Civil Veterinary Department Bihar & Orissa reports 1929-36 - 1929-1936
Year: 1929
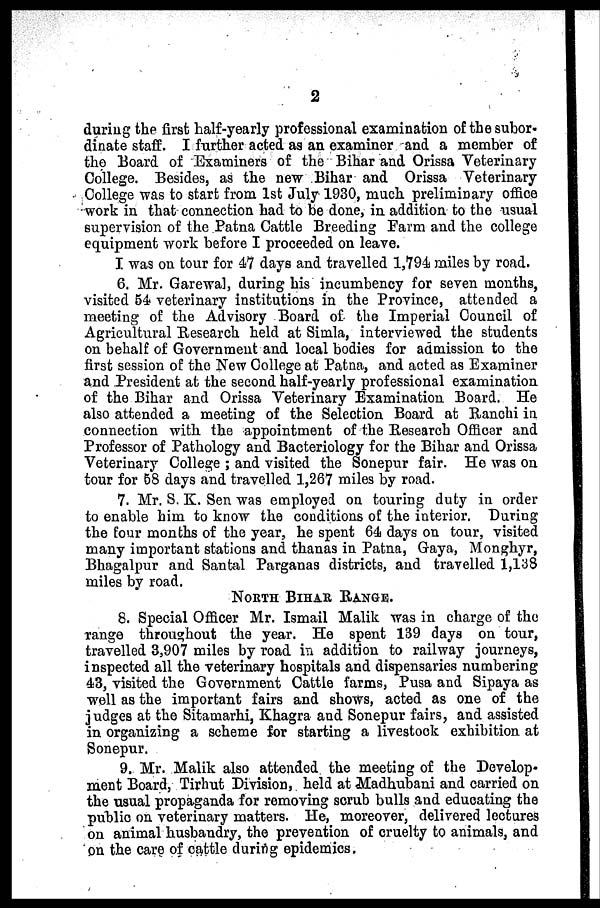
2
during the first half-yearly professional examination of the subor-
dinate staff. I further acted as an examiner and a member of
the Board of Examiners of the Bihar and Orissa Veterinary
College. Besides, as the new Bihar and Orissa Veterinary
College was to start from 1st July 1930, much preliminary office
work in that connection had to be done, in addition to the usual
supervision of the Patna Cattle Breeding Farm and the college
equipment work before I proceeded on leave.
I was on tour for 47 days and travelled 1,794 miles by road.
6. Mr. Garewal, during his incumbency for seven months,
visited 54 veterinary institutions in the Province, attended a
meeting of the Advisory Board of the Imperial Council of
Agricultural Research held at Simla, interviewed the students
on behalf of Government and local bodies for admission to the
first session of the New College at Patna, and acted as Examiner
and President at the second half-yearly professional examination
of the Bihar and Orissa Veterinary Examination Board. He
also attended a meeting of the Selection Board at Ranchi in
connection with the appointment of the Research Officer and
Professor of Pathology and Bacteriology for the Bihar and Orissa
Veterinary College ; and visited the Sonepur fair. He was on
tour for 58 days and travelled 1,267 miles by road.
7. Mr. S. K. Sen was employed on touring duty in order
to enable him to know the conditions of the interior. During
the four months of the year, he spent 64 days on tour, visited
many important stations and thanas in Patna, Gaya, Monghyr,
Bhagalpur and Santal Parganas districts, and travelled 1,138
miles by road.
NORTH BIHAR RANGE.
8. Special Officer Mr. Ismail Malik was in charge of the
range throughout the year. He spent 139 days on tour,
travelled 3,907 miles by road in addition to railway journeys,
inspected all the veterinary hospitals and dispensaries numbering
43, visited the Government Cattle farms, Pusa and Sipaya as
well as the important fairs and shows, acted as one of the
judges at the Sitamarhi, Khagra and Sonepur fairs, and assisted
in organizing a scheme for starting a livestock exhibition at
Sonepur.
9. Mr. Malik also attended the meeting of the Develop-
ment Board, Tirhut Division, held at Madhubani and carried on
the usual propaganda for removing scrub bulls and educating the
public on veterinary matters. He, moreover, delivered lectures
on animal husbandry, the prevention of cruelty to animals, and
on the care of cattle during epidemics.